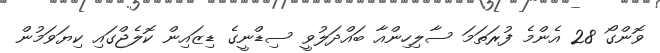
ވޮންގޯ 28 އެންމެ ފުރަތަމަ ސާލިހިންއާ ބައްދަލުވީ ސިޑްނީގެ ޑިޒައިން ކޮލެޖްގައި ކިޔަވަމުން